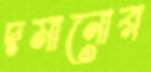
দমানোর